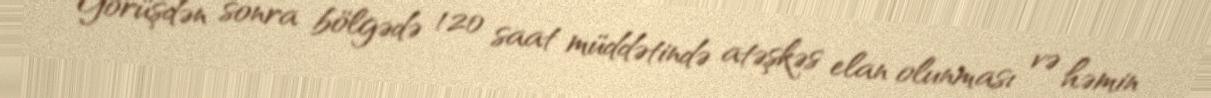
Görüşdən sonra bölgədə 120 saat müddətində atəşkəs elan olunması və həmin